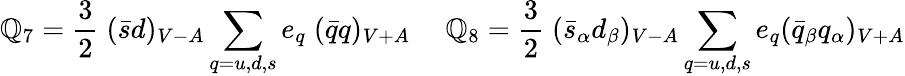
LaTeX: \mathbb{Q}_{7}={\frac{{3}}{{2}}}\; (\bar{{s}}d)_{V-A}\sum_{q=u,d,s}e_{q}\; (\bar{{q}}q)_{V+A}~~~~~\mathbb{Q}_{8}={\frac{{3}}{{2}}}\; (\bar{{s}}_{\alpha}d_{\beta})_{V-A}\sum_{q=u,d,s}e_{q}(\bar{{q}}_{\beta}q_{\alpha})_{V+A}